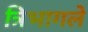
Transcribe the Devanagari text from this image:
त्रिभागले